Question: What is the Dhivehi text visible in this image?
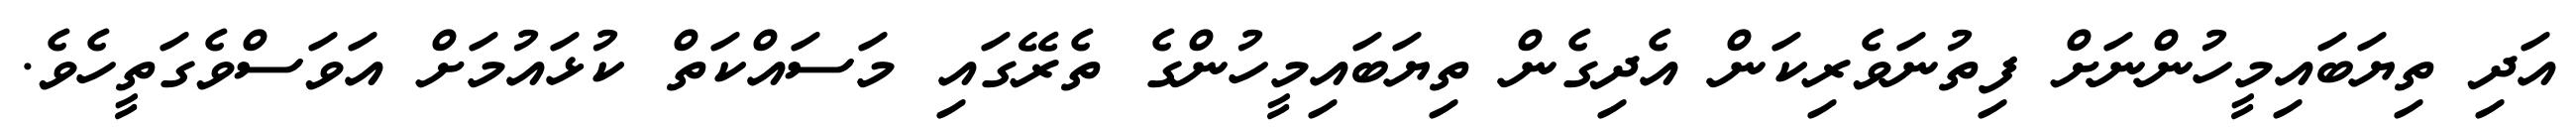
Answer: އަދި ތިޔަބައިމީހުންނަށް ފިތުނަވެރިކަން އެދިގެން ތިޔަބައިމީހުންގެ ތެރޭގައި މަސައްކަތް ކުޅައުމަށް އަވަސްވެގަތީހެވެ.